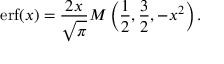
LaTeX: \operatorname { e r f } ( x ) = { \frac { 2 x } { \sqrt { \pi } } } M \left( { \frac { 1 } { 2 } } , { \frac { 3 } { 2 } } , - x ^ { 2 } \right) .